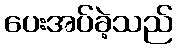
ပေးအပ်ခဲ့သည်